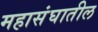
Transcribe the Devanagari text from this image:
महासंघातील